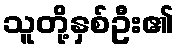
သူတို့နှစ်ဦး၏